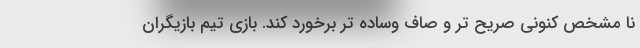
نا مشخص کنونی صریح تر و صاف وساده تر برخورد کند. بازی تیم بازیگران